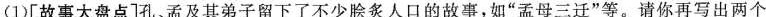
(1)[故事大盘点]孔、孟及其弟子留下了不少脍炙人口的故事，如”孟母三迁”等。请你再写出两个